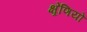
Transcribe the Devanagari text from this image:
क्ष्रेणियों